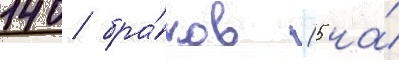
140 бра́ков (5 на́